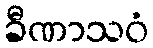
ခီဏာသဝံ